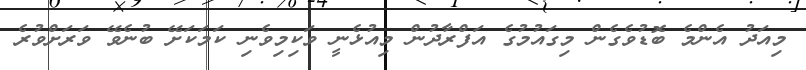
މިއަދު އެންމެ ބޮޑުވެގެން މިގައުމުގެ އަފްރާދުން މިއުޅެނީ ވަކިމިވެނި ކަމަކަށޭ ބުނެވޭ ވަރަށްވުރެ